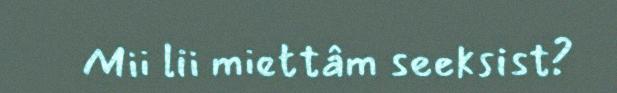
Mii lii miettâm seeksist?